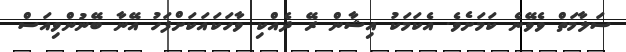
ސަލާމަތް ވެވޭނެ ކަމަށެވެ. އެކަމަކު އިޝާން ރޭ ދެއްކި ވާހަކައަކަށްފަހު އޭނާ ބޭނުންވިއަސް